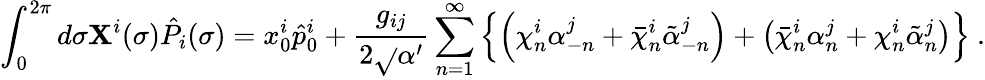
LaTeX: \int_{0}^{2\pi}d\sigma\mathbf{X}^{i}(\sigma)\hat{{P}}_{i}(\sigma)=x_{0}^{i}\hat{{p}}_{0}^{i}+\frac{{g_{ij}}}{{2\sqrt{}{{\alpha^{\prime}}}}}\sum_{n=1}^{\infty}\left\{ \left(\chi_{n}^{i}\alpha_{-n}^{j}+\bar{{\chi}}_{n}^{i}\tilde{{\alpha}}_{-n}^{j}\right)+\left(\bar{{\chi}}_{n}^{i}\alpha_{n}^{j}+\chi_{n}^{i}\tilde{{\alpha}}_{n}^{j}\right)\right\} ~.